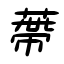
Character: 蔕